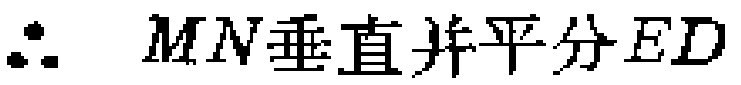
\(\therefore\ \  MN垂直并平分ED\)